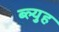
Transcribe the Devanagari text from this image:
ब्ल्युह